Vital statistics of India. Vol. IV, Annual returns from 1871 to 1876. British Army of India, Native Army and jails of Bengal
Year: 1871
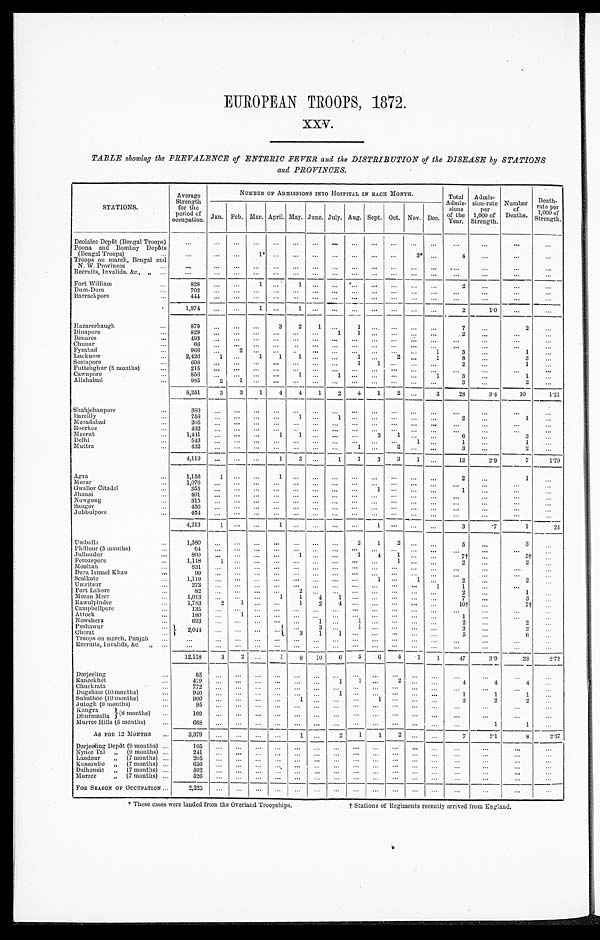
EUROPEAN TROOPS, 1872.
XXV.
TABLE showing the PREVALENCE of ENTERIC FEVER and the DISTRIBUTION of the DISEASE by STATIONS
and PROVINCES.
STATIONS.
Average
Strength
for the
period of
occupation.
NUMBER OF ADMISSIONS INTO HOSPITAL IN EACH MONTH.
Total
Admis- sion
s
of the
Year.
Admis-
sion-rate
per
1,000 of
Strength. Number
of
Deaths.
Death-
rate per
1,000 of
Strength.
Jan. Feb. Mar.
A p r i l .
May. June. July. Aug. Sept. Oct. Nov.
D e c .
Deolalee Depôt (Bengal Troops)
. . .
. . .
. . .
. . .
. . .
. . .
. . .
. . .
. . . ...
...
...
. . .
. . .
...
. . .
...
Poona and Bombay Depôts
(Bengal Troops)
. . .
...
. . .
1 *
. . .
. . .
. . .
. . .
. . . ...
...
3*
. . .
4
. . .
. . .
...
Troops on march, Bengal and
N. W. Provinces
...
...
...
...
...
...
...
...
...
...
...
. . . . . .
. . .
. . .
...
...
Recruits, Invalids. &c.,
, ,
. . .
...
...
...
...
. . .
. . . ...
...
...
...
...
...
. . .
. . .
...
. . .
Fort William
828
...
...
1
. . .
1
. . .
. . .
. . . ...
...
...
...
2
...
...
...
Dum-Dum
7 0 2
. . .
. . . . . .
. . . ...
...
...
...
...
...
...
...
...
...
...
...
Barrackpore
4 4 4
. . .
. . . . . .
. . .
. . .
...
...
...
...
...
...
...
. . .
...
. . .
...
1 , 9 7 4
...
...
1 ...
1
. . .
. . .
. . . ...
. . . ...
...
2
1 . 0
...
...
Hazareebaugh
879
...
...
. . .
3
2
1 ...
1 ...
...
...
...
7
. . .
2
. . .
Dinapore
829
...
. . .
. . . ...
...
. . .
1
1
. . .
. . . ...
...
2
...
...
. . .
Benares
493
. . .
. . . ...
...
...
...
...
...
...
...
...
...
...
...
...
...
Chunar
66
. . .
. . . . . . ...
. . . ...
...
. . .
. . . ...
...
...
...
...
...
...
Fyzabad
966
. . .
2
. . .
. . .
. . . ...
. . .
. . .
. . . ...
. . .
1
3
...
1
. . .
Lucknow
2,426
1
. . . 1
1
1
. . . ...
1
. . . 2 ...
1
8
...
3
...
Seetapore
608
. . .
. . .
. . .
. . .
. . .
. . .
. . .
1
1
. . .
. . .
. . .
2 ...
1
...
Futtehghur (8 months)
2 1 5
. . .
. . .
. . .
. . .
. . .
. . .
. . .
. . .
. . .
. . .
. . .
. . .
. . .
. . .
. . .
. . .
Cawnpore
856
. . . ...
...
...
1
. . . 1 ...
. . .
. . .
. . .
1
3
...
1
...
Allahabad
985
2
1
. . .
. . .
. . .
. . . ...
...
...
...
...
...
3 ...
2
...
8,251
3
3
1
4
4
1
2
4
1
2
. . . 3
28
3.4
10
1.21
Shahjehanpore
380
. . .
. . .
. . .
. . .
. . .
. . .
. . .
. . .
...
...
. . .
...
...
...
. . .
. . .
Bareilly
758
. . . ...
...
...
1
. . .
1
. . .
. . .
. . .
. . . . . .
2
...
1
...
Moradabad
205
. . .
. . . . . .
. . .
. . .
. . .
. . .
. . .
. . .
. . .
. . . . . . ...
...
. . .
...
Roorkee
432
. . . ...
. . .
. . .
. . . . . .
. . .
. . .
...
. . .
. . . . . .
...
...
...
. . .
Meerut
1,441
...
...
...
1
1
. . . ...
...
3
1 ...
...
6
...
3
...
Delhi
543
. . .
. . . . . .
. . .
. . .
. . .
. . .
. . .
. . .
. . . 1
. . .
1
...
1
...
Muttra
432
. . . ...
...
...
...
...
...
1
. . . 2 ...
...
3
...
2
...
4,119
...
. . . ...
1
2
. . .
1
1
3
3
1
. . .
12
2.9
7
1.70
Agra
1,156
1
. . . . . .
1
. . .
...
...
. . .
...
...
. . .
...
2
. . .
1
...
Morar
1,076
. . .
...
...
...
. . .
. . . ...
...
. . . ...
. . .
...
...
. . . ...
...
Gwalior Citadel
355
...
. . . ...
...
...
. . . ...
. . .
1 ...
. . . ...
1
. . .
... ...
Jhansi
401
...
...
...
. . . ...
...
...
. . .
...
...
. . . ...
...
...
...
...
Nowgong
3 1 5
. . .
. . . .
. . .
. . .
. . .
. . .
. . .
. . .
. . .
. . .
. . .
. . .
...
...
. . . ...
Saugor
456
. . .
. . .
. . .
. . .
. . .
. . .
. . .
. . .
. . .
. . .
. . .
. . .
...
...
. . .
. . .
Jubbulpore
454
...
. . .
. . .
. . .
. . .
. . .
. . .
. . .
. . .
. . .
. . .
. . .
...
...
. . .
. . .
4,213
1
. . .
. . .
1
. . .
. . . ...
. . .
1
. . .
. . .
. . .
3
.7
1
.24
Umballa
1 . 3 8 0
. . .
. . .
. . .
. . .
. . .
. . .
. . .
2
1
2
. . .
...
5
...
3
...
Phillour (5 months)
64
...
...
...
. . .
...
. . .
. . .
. . .
. . .
. . .
. . . ...
...
...
. . . ...
Jullundur
800
...
. . .
...
. . .
1
. . .
. . .
1
4
1
. . .
. . .
7 †
. . .
5†
.. .
Ferozepore
1,118
1
. . . ...
. . .
. . .
. . .
. . .
. . .
. . .
1
. . .
. . .
2 ...
2
...
Mooltan
831
. . . . . .
...
. . .
. . .
...
. . .
. . .
. . .
. . .
. . .
...
...
...
. . .
...
Dera Ismael Khan
99
. . .
. . .
. . . ...
. . . ...
...
. . .
. . .
. . .
. . .
. . .
... ...
...
...
Sealkote
1,119
. . .
. . .
. . . . . .
. . .
...
. . .
. . .
1
. . .
1
. . .
2
...
2
...
Umritsur
273
. . .
. . .
. . .
. . .
. . .
. . .
. . .
. . .
. . .
. . .
. . . 1
1 ...
. . .
...
Fort Lahore
82
. . .
. . .
. . .
. . .
. . .
. . .
. . .
. . .
. . .
. . .
. . .
. . .
2
. . .
1
...
Meean Meer
1,013
...
. . .
. . .
1
1
4
1 ...
...
. . .
...
...
7
...
3
. . .
Rawulpindee
1,783
2
1
. . .
. . .
1
2
4
. . .
. . .
. . .
. . .
. . .
1 0 †...
7†
...
Campbellpore
135
. . .
. . .
. . . . . .
. . .
...
. . .
. . .
. . .
. . .
. . .
...
...
...
...
...
Attock
180
...
1
. . .
. . .
. . .
. . .
. . .
. . . ...
. . .
. . . ...
1
...
...
...
Nowshera
693
...
...
. . .
. . . ...
1
. . .
1
. . .
. . .
. . . ...
2
...
2
...
Peshawur
2,044
. . .
. . .
. . .
. . .
. . .
2
. . .
1
. . .
. . .
. . .
. . .
3
. . .
2
. . .
3
1
1
. . .
. . .
. . .
. . .
. . .
5 ...
6
...
Cherat
Troops on march, Punjab
...
...
...
. . .
. . .
. . . ...
...
. . .
. . . ...
. . . ...
. . .
. . .
. . .
...
Recruits, Invalids, &c. ,,
...
... ...
...
...
...
...
...
. . .
...
. . .
. . .
...
. . .
. . .
. . .
...
12,118
3
2 ...
1
8
10
6
5
6
4
1
1
47
3.9
33
2.72
Darjeeling
85
. . .
. . .
. . .
. . .
. . .
...
. . .
. . .
. . .
. . .
. . .
. . .
. . .
. . .
. . .
. . .
Raneekhet
4 7 9
. . .
. . .
. . .
. . .
. . .
. . .
1
1
. . .
2
. . .
...
4
4
4
...
Chuckrata
7 7 2
. . .
. . .
. . .
. . .
. . .
. . .
. . .
. . .
. . .
. . .
...
...
. . .
. . .
...
. . .
Dugshaie (10 months)
940
. . . ...
. . .
. . .
. . .
. . .
1
. . .
. . .
. . .
. . .
. . .
1
1
1
...
Subathoo (10 months)
9 0 0 ...
. . .
. . .
. . .
1
. . .
. . .
. . .
1
. . .
. . .
. . .
2
2
2
...
Jutogh (9 months)
95
. . . ...
. . .
. . . ...
. . .
. . . ...
...
...
...
...
. . .
. . .
. . . ...
Kangra
(8 months)
Dhurmsalla
109
. . .
. . .
. . .
. . .
. . .
. . .
. . .
...
...
...
...
...
. . .
...
. . .
. . .
Murree Hills (5 months)
668
. . .
. . .
...
...
...
...
...
. . .
. . .
. . .
. . .
...
...
1
1
...
AS FOR 12 MONTHS
3,379
...
...
...
. . .
1 ...
2
1
1
2
. . .
. . .
7
2.1
8
2.37
Darjeeling Depôt (9 months)
1 0 5
. . .
. . .
. . .
. . .
. . .
. . .
. . . ...
...
. . .
. . .
. . .
. . .
...
. . . ...
Nynee Tal
, ,
( 9 m o n t h s )
2 4 1
. . .
. . .
. . .
. . .
...
...
. . .
. . .
. . .
. . .
. . .
. . .
... ...
...
...
Landour
, ,
( 7 m o n t h s )
205
. . .
. . .
...
...
. . . ...
...
. . .
. . .
. . .
. . .
. . .
... ...
...
...
Kussowlie
, ,
( 7 m o n t h s )
6 5 6
. . .
. . .
. . . ...
...
. . . ...
. . .
. . .
. . .
. . . ...
...
...
...
...
Dalhousie
, ,
( 7 m o n t h s )
502
. . .
. . .
. . .
. . .
. . . ...
...
. . .
. . .
. . .
. . .
. . .
...
. . .
. . .
...
Murree
, ,
( 7 m o n t h s )
526
...
. . . ...
...
...
...
...
...
. . . ...
. . . ...
...
...
.. ...
FOR SEASON OF OCCUPATION
2,325
. . .
. . .
. . .
. . .
. . .
. . .
. . .
. . .
. . .
. . .
. . .
. . . ...
. . .
...
...
* These cases were lauded from the Overland Troopships.
t Stations of Regiments recently arrived from England.